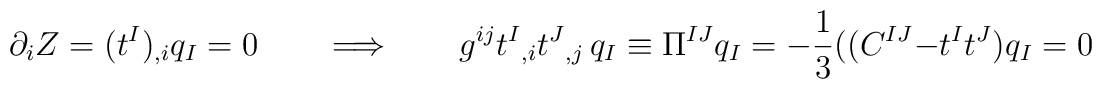
\partial_i Z=(t^I) _{,i}q_I =0   \qquad  \Longrightarrow  \qquad  g^{ij}t^I{}_{,i} t^J{}_{,j} \,q_I\equiv \Pi ^{IJ} q_I  = -{1\over 3} ((C^{IJ}  -  t^I t^J)q_I =0